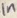
Text: 1n